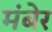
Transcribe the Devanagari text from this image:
मंबेर